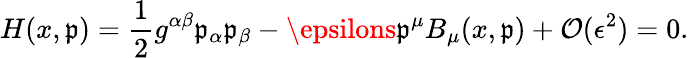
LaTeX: H(x,\mathfrak{p})=\frac{{1}}{{2}}g^{\alpha\beta}\mathfrak{p}_{\alpha}\mathfrak{p}_{\beta}-\epsilons\mathfrak{p}^{\mu}B_{\mu}(x,\mathfrak{p})+\mathcal{{O}}(\epsilon^{2})=0.